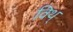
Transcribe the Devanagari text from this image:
विथ्